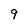
Character: 9